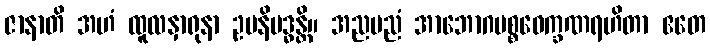
ဇာနာတိ အဟံ ထူလနှာရုနာ ဥပနိဗဒ္ဓန္တိ။ အညမညံ အာဘောဂပစ္စဝေက္ခဏရဟိတာ ဧတေ